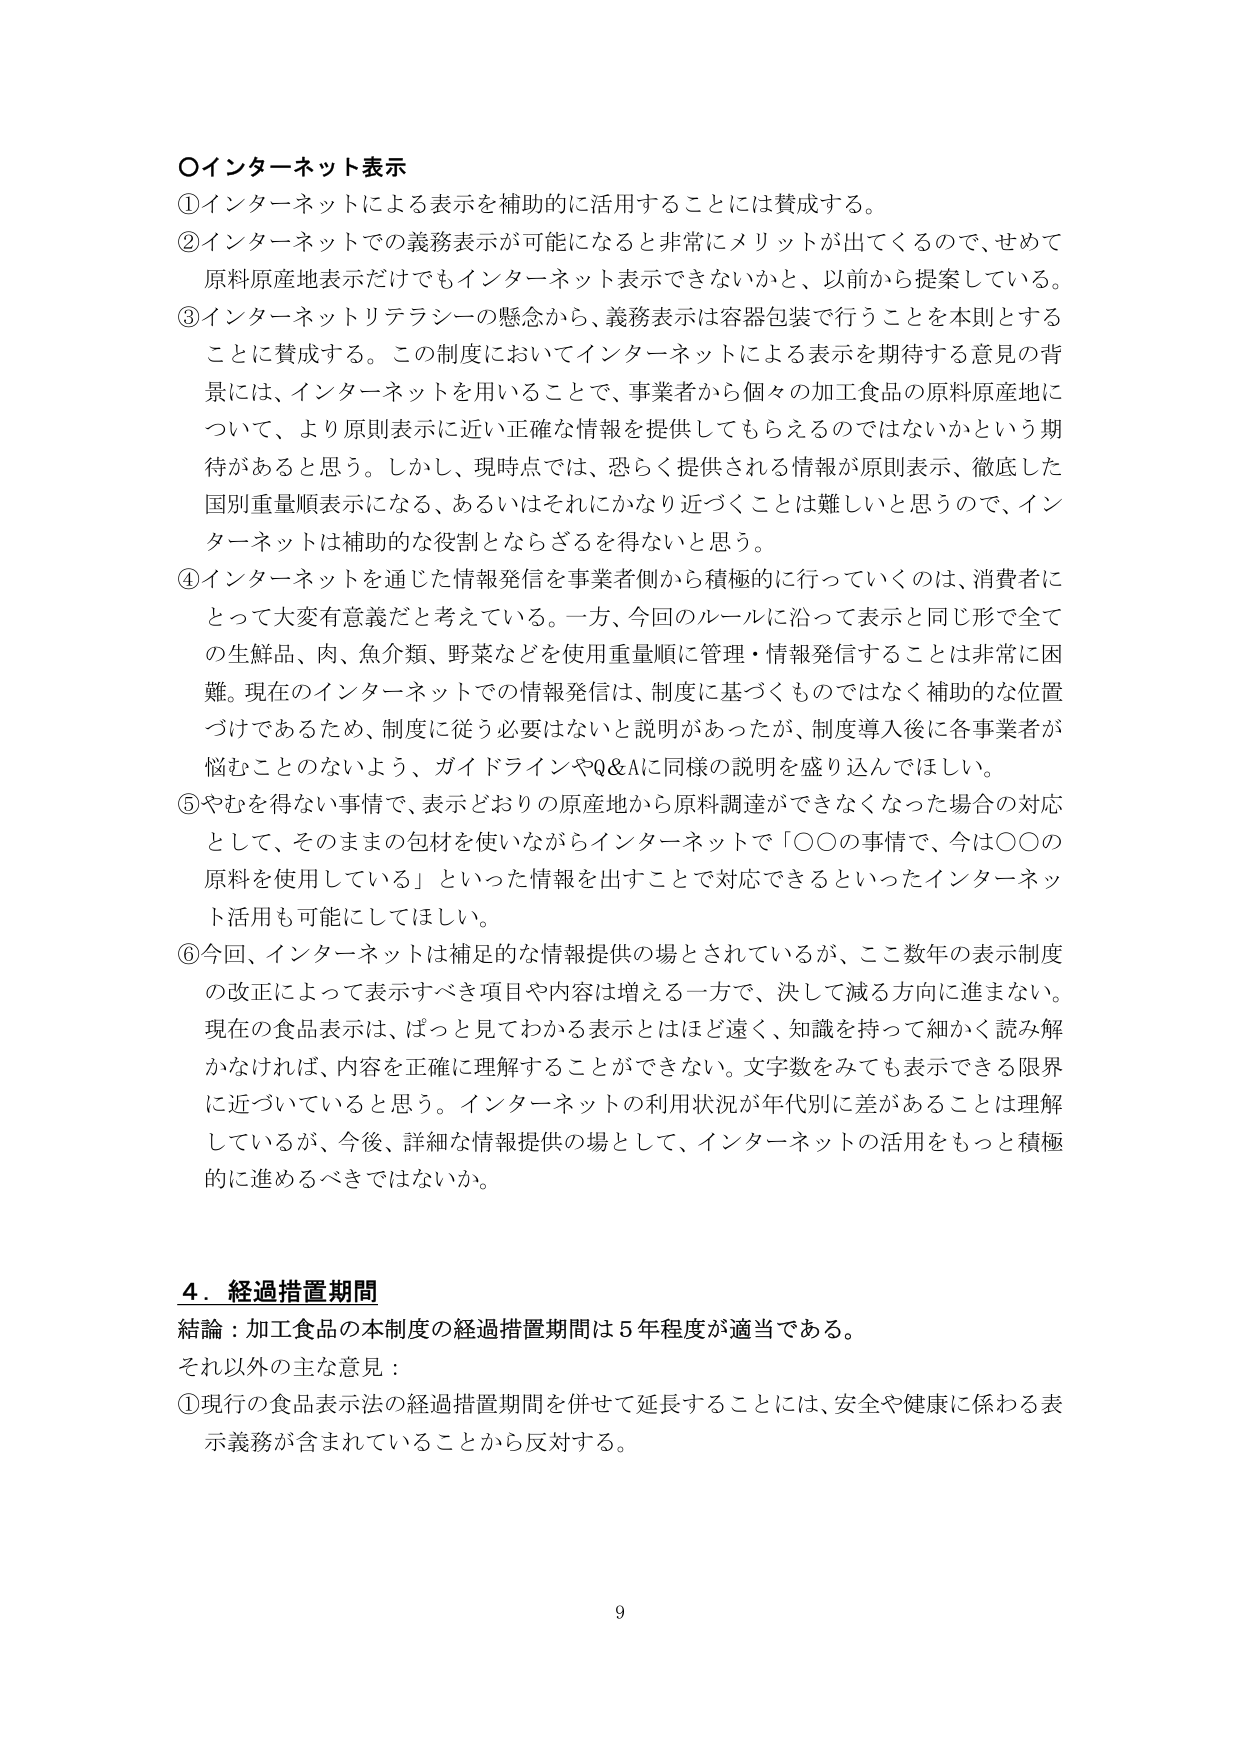
○インターネット表示
①インターネットによる表示を補助的に活用することには賛成する。
②インターネットでの義務表示が可能になると非常にメリットが出てくるので、せめて原料原産地表示だけでもインターネット表示できないかと、以前から提案している。
③インターネットリテラシーの懸念から、義務表示は容器包装で行うことを本則とする ことに賛成する。この制度においてインターネットによる表示を期待する意見の背景には、インターネットを用いることで、事業者から個々の加工食品の原料原産地について、より原則表示に近い正確な情報を提供してもらえるのではないかという期待があると思う。しかし、現時点では、恐らく提供される情報が原則表示、徹底した国別重量順表示になる、あるいはそれにかなり近づくことは難しいと思うので、インターネットは補助的な役割とならざるを得ないと思う。
④インターネットを通じた情報発信を事業者側から積極的に行っていくのは、消費者にとって大変有意義だと考えている。一方、今回のルールに沿って表示と同じ形で全ての生鮮品、肉、魚介類、野菜などを使用重量順に管理・情報発信することは非常に困難。現在のインターネットでの情報発信は、制度に基づくものではなく補助的な位置づけであるため、制度に従う必要はないと説明があったが、制度導入後に各事業者が悩むことのないよう、ガイドラインやQ&Aに同様の説明を盛り込んでほしい。
⑤やむを得ない事情で、表示どおりの原産地から原料調達ができなくなった場合の対応として、そのままの包材を使いながらインターネットで「○○の事情で、今は○○の原料を使用している」といった情報を出すことで対応できるといったインターネット活用も可能にしてほしい。
⑥今回、インターネットは補足的な情報提供の場とされているが、ここ数年の表示制度の改正によって表示すべき項目や内容は増える一方で、決して減る方向に進まない。現在の食品表示は、ぱっと見てわかる表示とはほど遠く、知識を持って細かく読み解かなければ、内容を正確に理解することができない。文字数をみても表示できる限界に近づいていると思う。インターネットの利用状況が年代別に差があることは理解しているが、今後、詳細な情報提供の場として、インターネットの活用をもっと積極的に進めるべきではないか。

4．経過措置期間
結論：加工食品の本制度の経過措置期間は5年程度が適当である。
それ以外の主な意見：
①現行の食品表示法の経過措置期間を併せて延長することには、安全や健康に係わる表示義務が含まれていることから反対する。

9